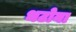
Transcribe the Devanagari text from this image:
भटोना